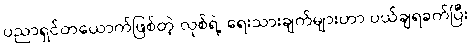
ပညာရှင်တယောက်ဖြစ်တဲ့ လုစ်ရဲ့ ရေးသားချက်များဟာ ပယ်ချရခက်ပြီး